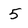
Character: 5